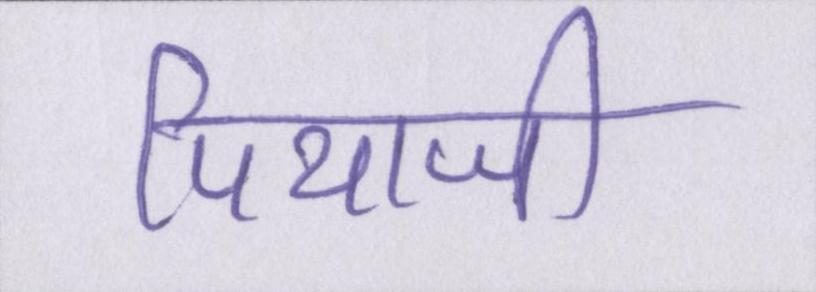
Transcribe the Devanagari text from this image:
पियाजी